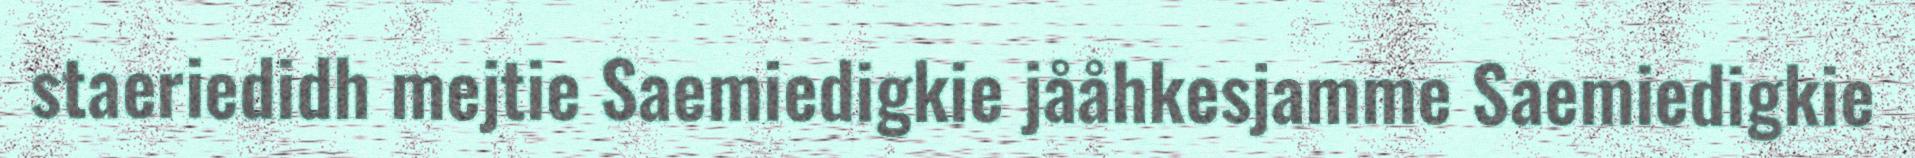
staeriedidh mejtie Saemiedigkie jååhkesjamme Saemiedigkie